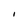
Character: I